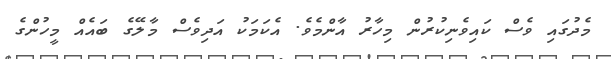
މެދުގައި ވެސް ކައިވެނިކުރުން މިހާރު އާންމެވެ. އެކަމަކު އަދިވެސް މާލޭގެ ބައެއް މީހުންގެ